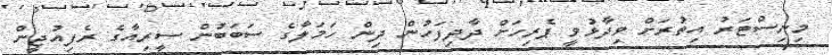
މިނިސްޓަރު އިތުރަށް ވިދާޅުވީ ޕެރިހަށް ދާދިފަހުން ދިން ހަމަލާގެ ސަބަބުން ސީރިއާގެ ރެފިއުޖީން